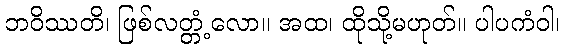
ဘဝိဿတိ၊ ဖြစ်လတ္တံ့လော။ အထ၊ ထိုသို့မဟုတ်။ ပါပကံဝါ၊